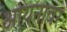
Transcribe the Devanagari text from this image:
आयनावर